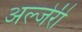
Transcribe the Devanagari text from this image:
अल्जेरी